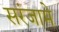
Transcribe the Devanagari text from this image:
सरंजामे